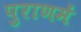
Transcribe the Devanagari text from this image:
पुराणमें